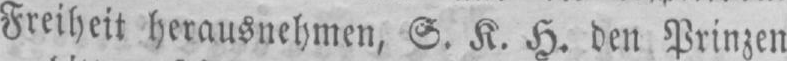
Freiheit herausnehmen, S. K. H. den Prinzen